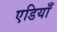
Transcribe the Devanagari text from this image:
एडियाँ